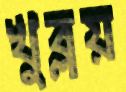
খুব্‌লয়